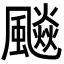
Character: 飈